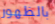
بالظهور